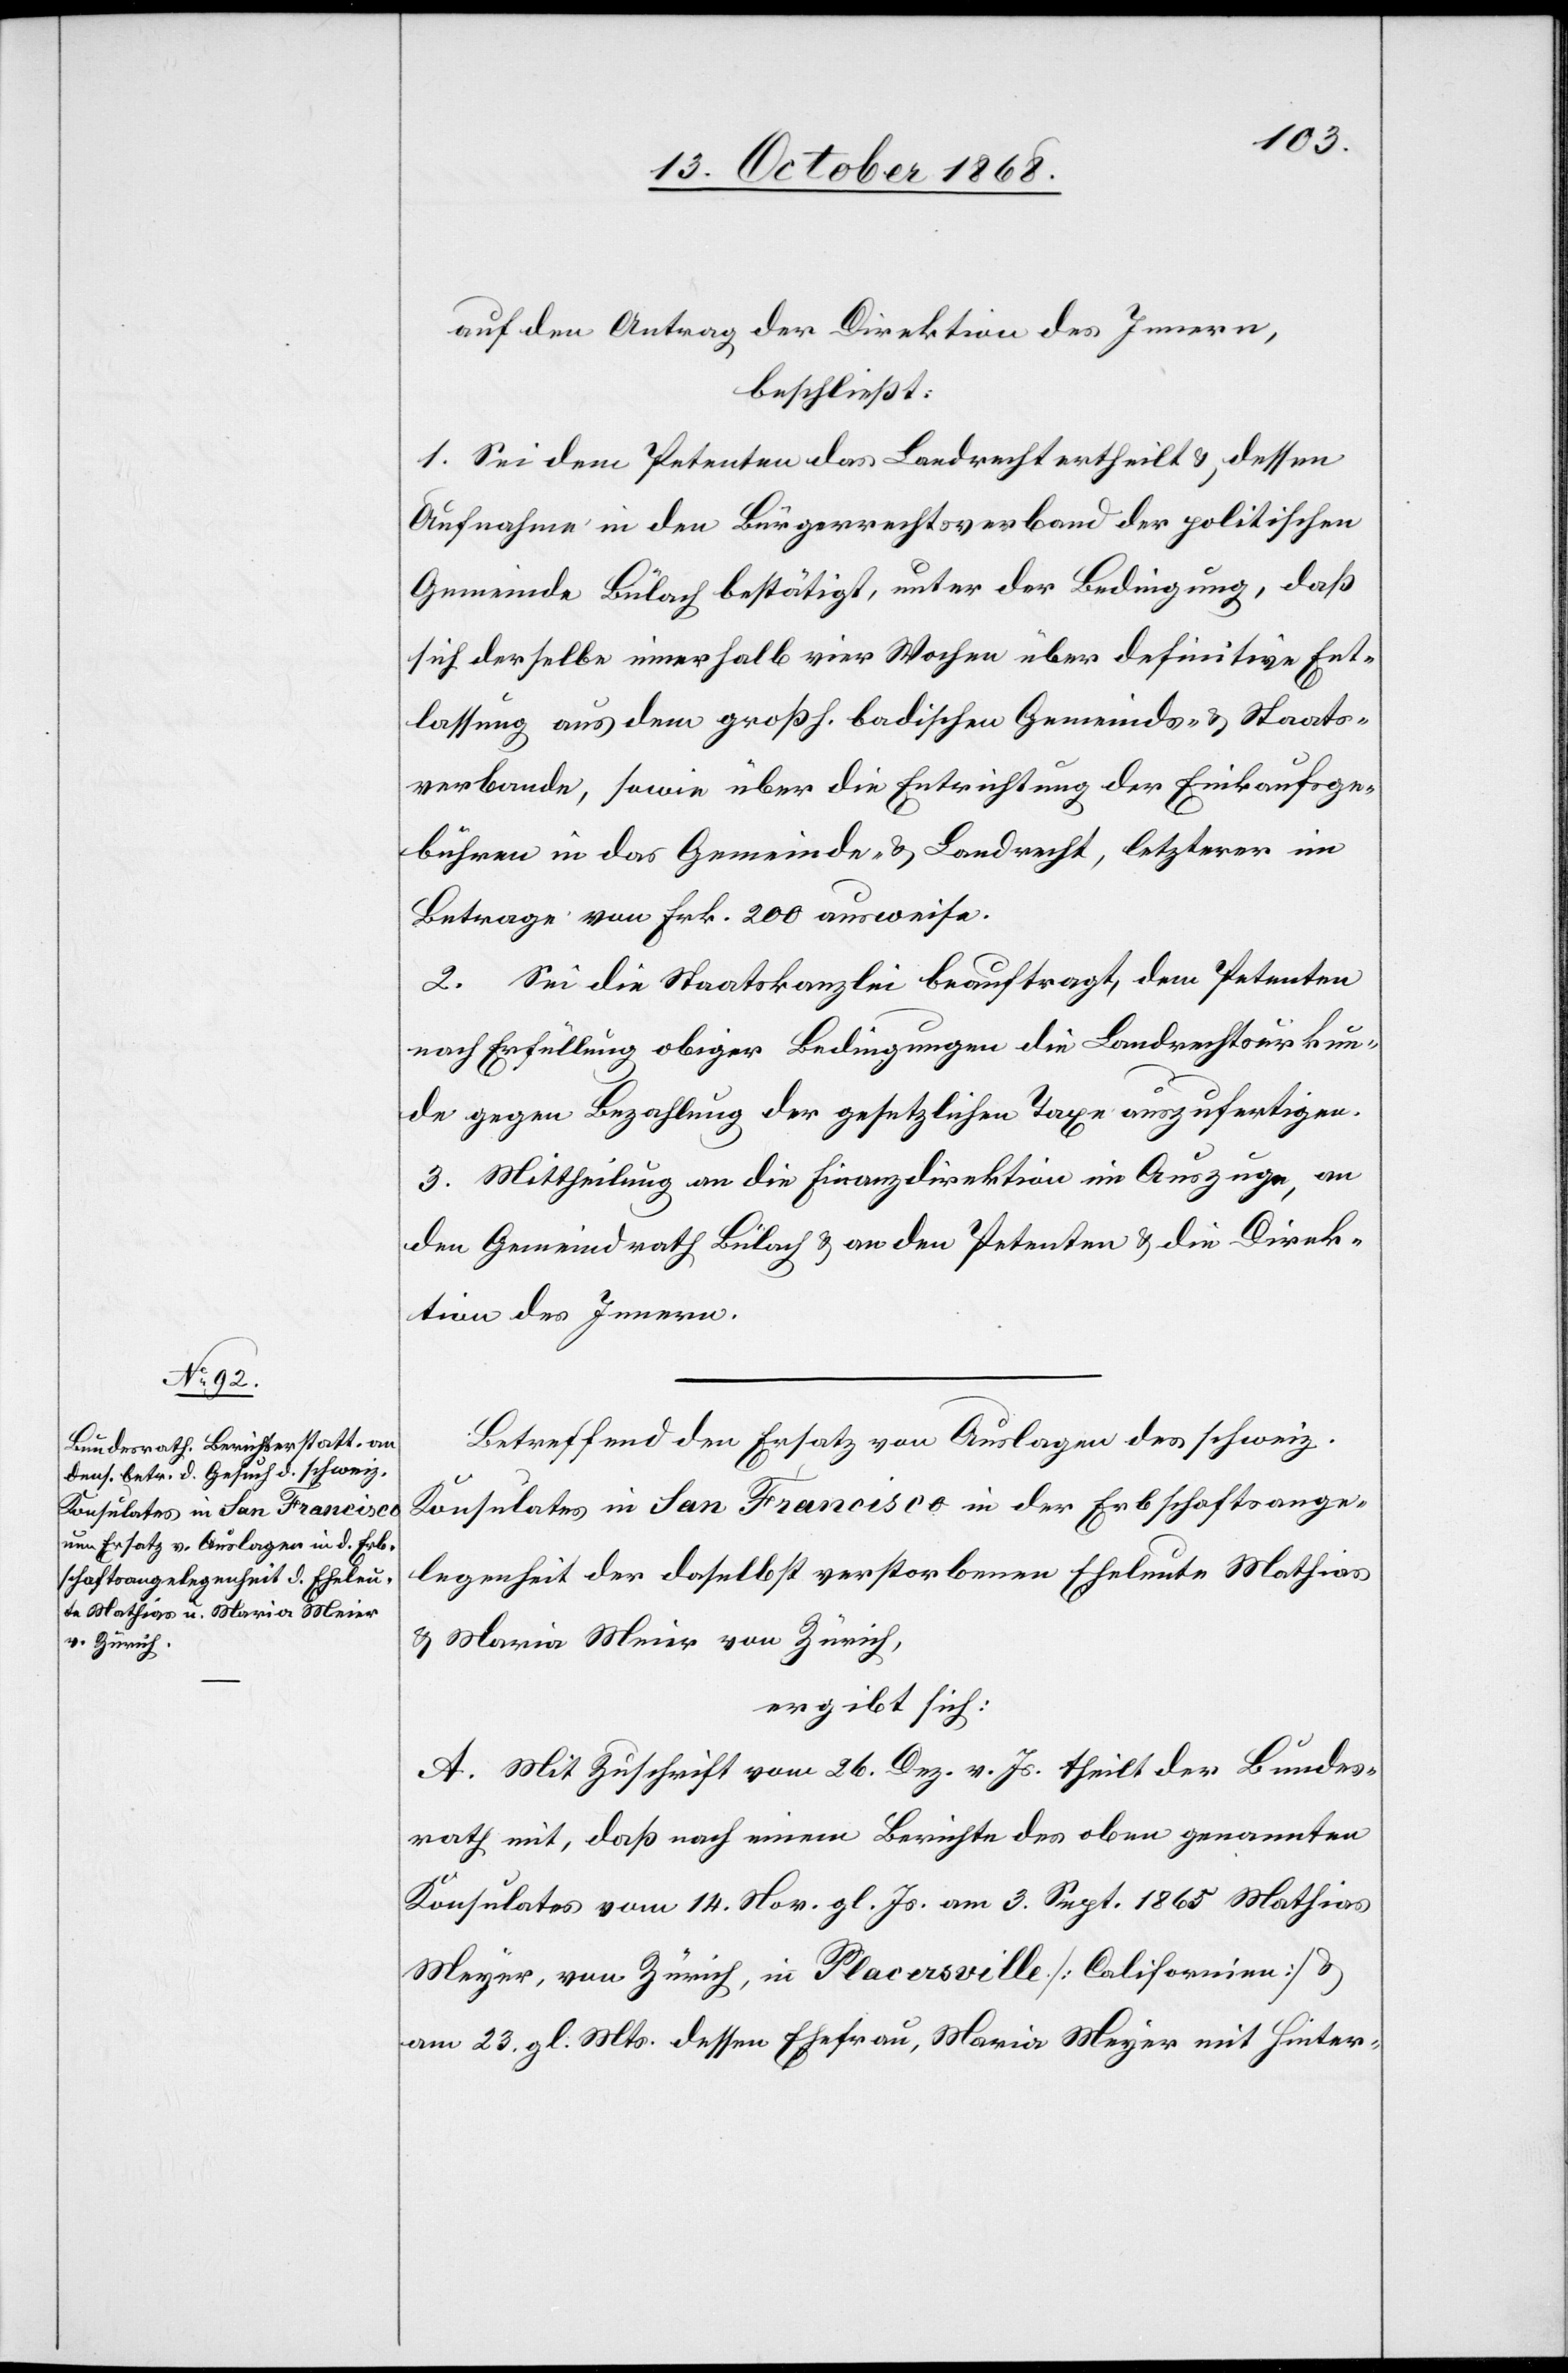
auf den Antrag der Direktion des Innern,
beschließt:
1. Sei dem Petenten das Landrecht ertheilt & dessen
Aufnahme in den Bürgerrechtsverband der politischen
Gemeinde Bülach bestätigt, unter der Bedingung, daß
sich derselbe innerhalb vier Wochen über definitive Ent¬
lassung aus dem großh. badischen Gemeinds- & Staats¬
verbande, sowie über die Entrichtung der Einkaufsge¬
bühren in das Gemeinde- & Landrecht, letzterer im
Betrage von Frk. 200 ausweise.
2. Sei die Staatskanzlei beauftragt, dem Petenten
nach Erfüllung obiger Bedingungen die Landrechtsurkun¬
de gegen Bezahlung der gesetzlichen Taxe auszufertigen.
3. Mittheilung an die Finanzdirektion im Auszuge, an
den Gemeindrath Bülach & an den Petenten & die Direk¬
tion des Innern.
Betreffend den Ersatz von Auslagen des schweiz.
Konsulates in San Francisco in der Erbschaftsange¬
legenheit der daselbst verstorbenen Eheleute Mathias
& Maria Meier von Zürich,
ergibt sich:
A. Mit Zuschrift vom 26. Dez. v. Js. theilt der Bundes¬
rath mit, daß nach einem Berichte des oben genannten
Konsulates vom 14. Nov. gl. Js. am 3. Sept. 1865 Mathias
[sic!], von Zürich, in Placersville [Californien] &
am 23. gl. Mts. dessen Ehefrau, Maria Meyer mit Hinter-